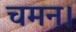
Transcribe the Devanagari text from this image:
चमन।